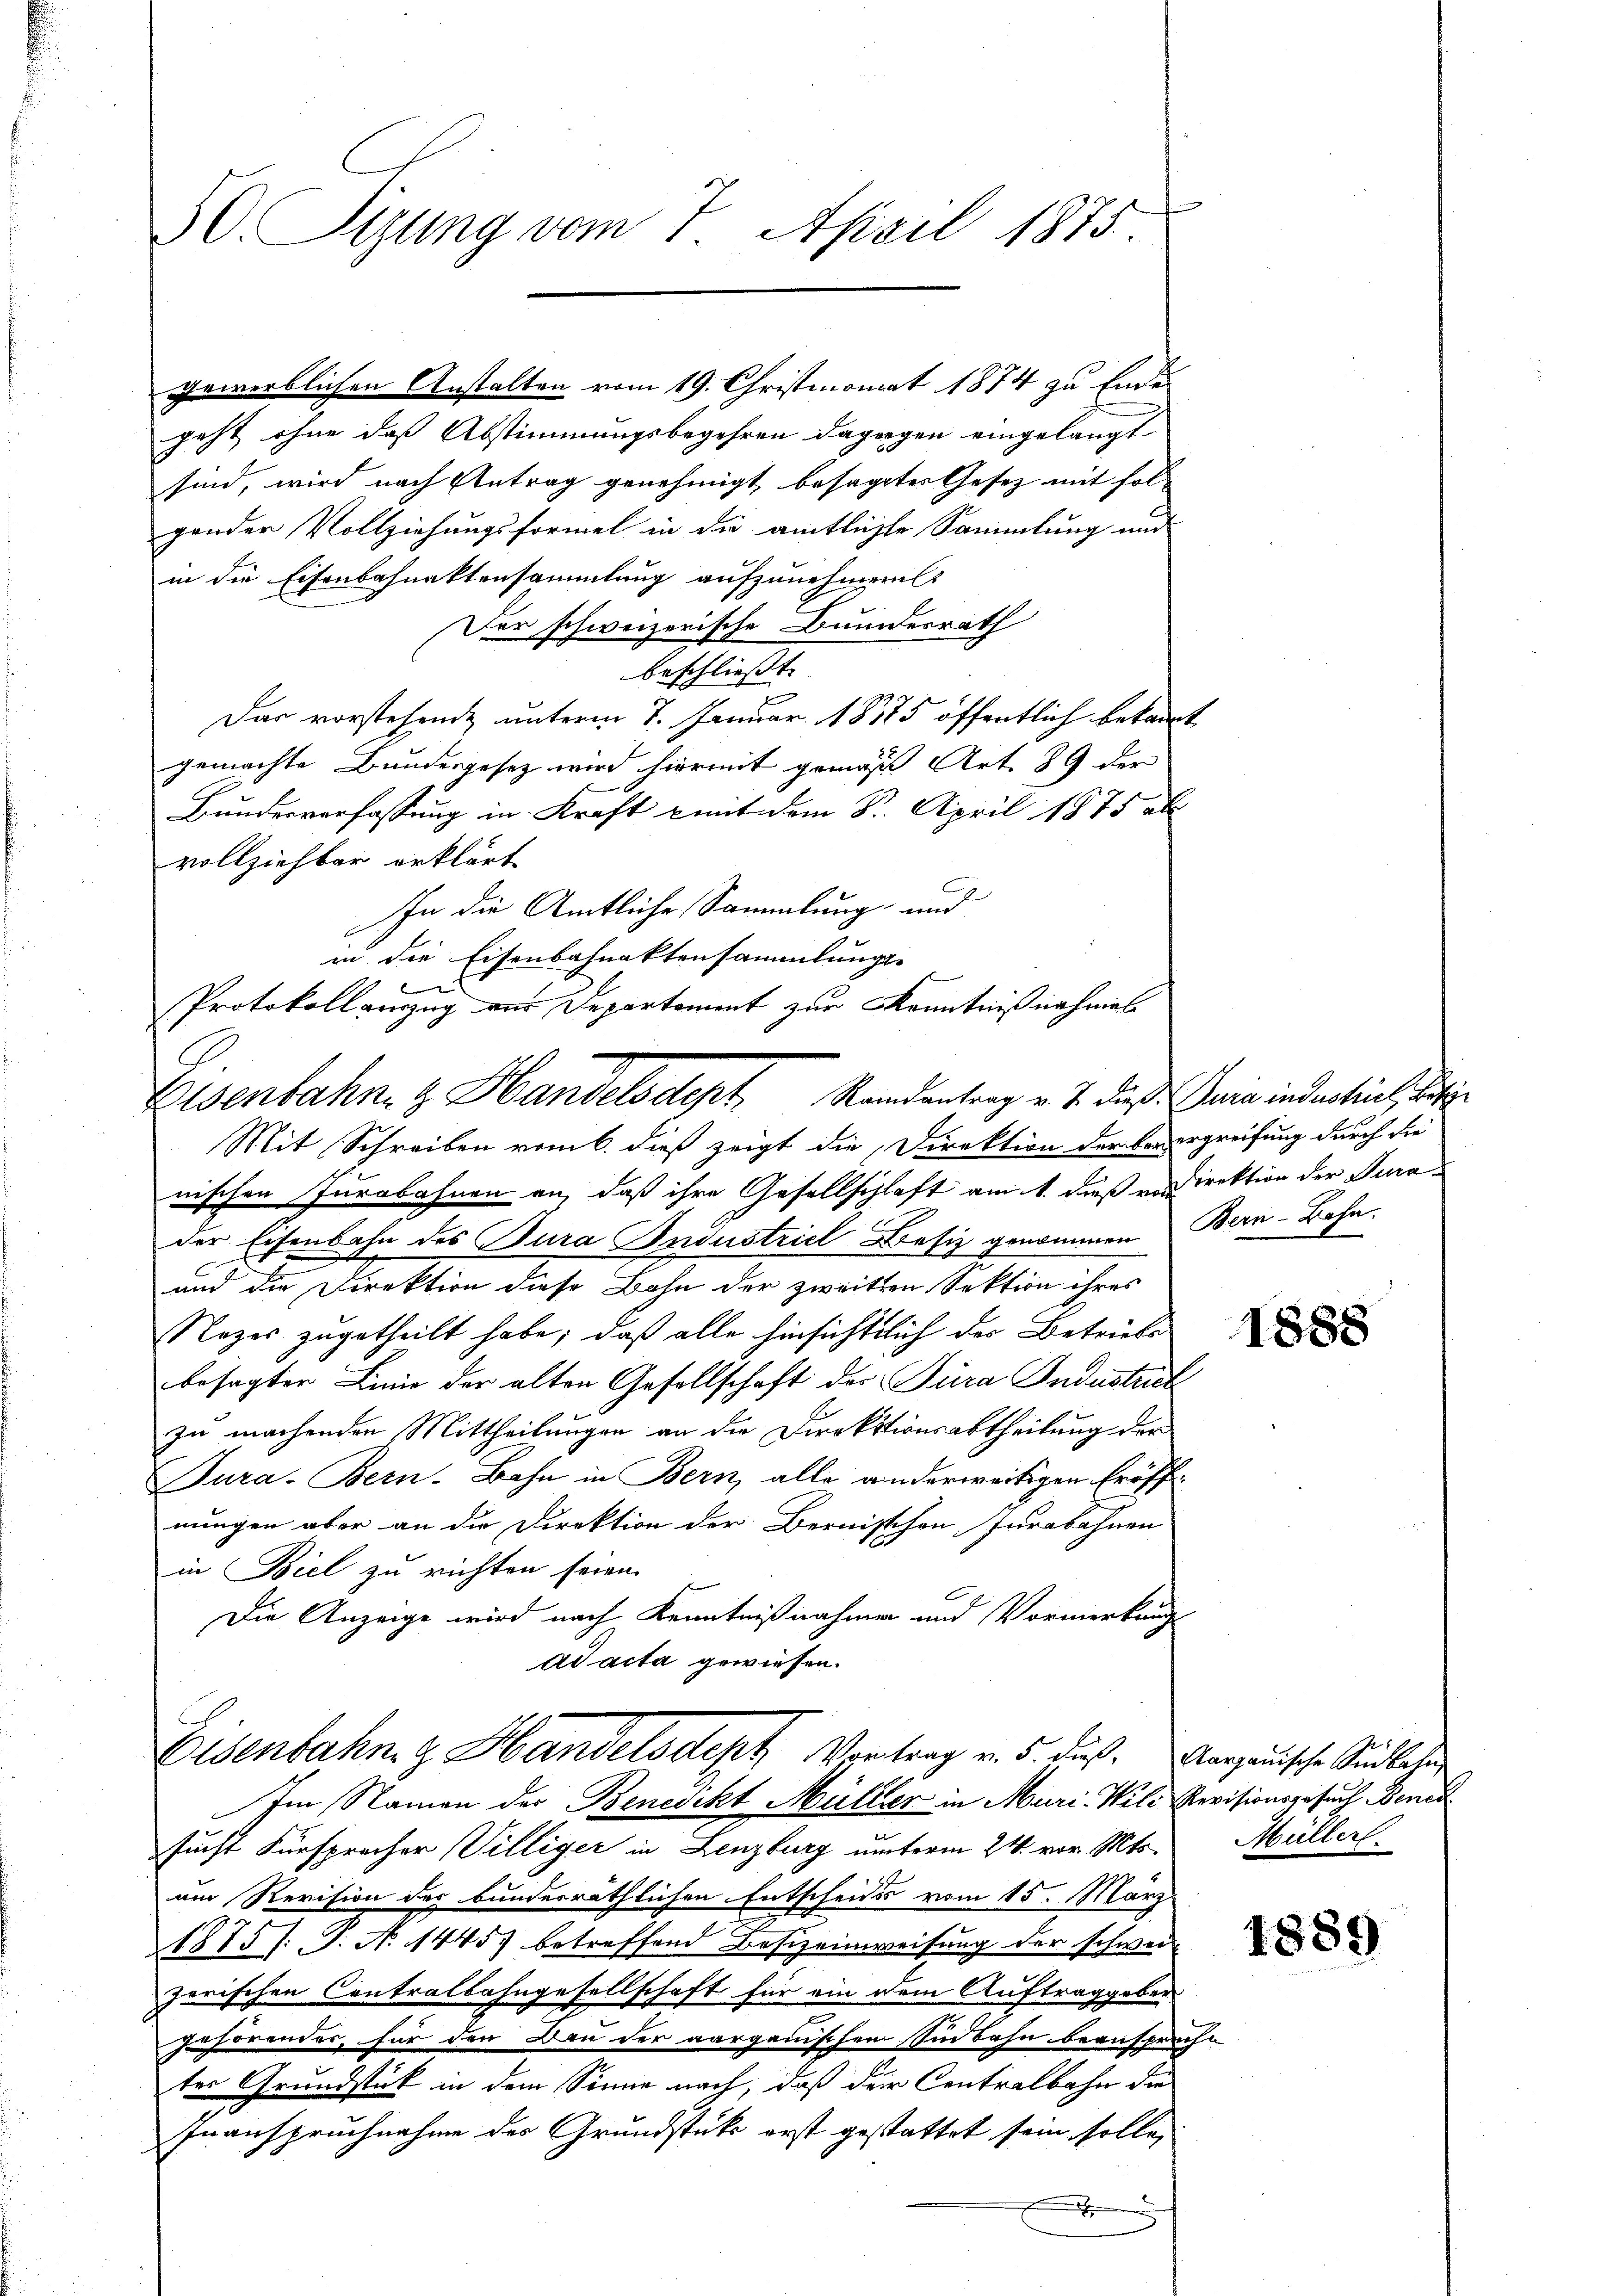
50. Sizung vom 7. April 1875.

geht ohne daß Abstimmungsbegehren dagegen eingelangt
sind, wird nach Antrag genehmigt besagtes Gesez mit fol-
gender Vollziehungsformel in die amtlichte Sammlung und
in die Eisenbahnaktensammlung aufzunehmen
Der schweizerische Bundesrath
beschliesst.

Das vorstehende unterm 7. Januar 1875 öffentlich bekannt
gemachte Bundesgesetz wird hiermit gemäß Art. 89 der
Bundesverfassung in Kraft mit dem Sr. April 1875 ab
vollziehbar erklärt
In die Amtliche Sammlung und
in die Eisenbahnaktensammlungs-

Protokoll auszug aus Departement zur Kenntnißnahmes
Eisenbahn- & Handelsdept. Randantrag v. 7. dieß ein indentiel, besti
Mit Schreiben vom 6. dieß zeigt die Direktion der Bedergreifung durch die
nischen Jurabahnen an, daß ihre Gesellschlaft am 1. dieß endirektion der Jurader Eisenbahn des Jura Industriel Besiz genommen Bern-Bahn¬
und die Direktion diese Bahn der zweiten Sektion ihres
Nezes zugetheilt habe; daß alle hinsichtlich der Betriebs
besagter Linie der alten Gesellschaft der Jura Industrich
zu machenden Mittheilungen an die Direktionsabtheilung der
Tura. Bern. Bahn in Bern, alle anderweitigen Eröffnungen aber an die Direktion der Bernisschen, Jurabahnen
in Biel zu richten seien.
Die Anzeige wird nach Kenntnißnahmen und Vormerkungs-
ad acta gewiesen.

gewerblichen Anstalten vom 19. Christmonat 1874 zu Ende

Eisenbahn z. Handelsdept Vortrag v. 5. dieß. Aargauische Sichlache
Im Namen der Benedikt Müller in Muri, Wild Revisionsgesuch Bened

sucht Fürspracher Villiger in Lenzburg unterm 24. vor. Mts.
um Revision des bunderräthlichen Entscheids vom 15. März
1815 /:. No 1445) betreffend Besizeinweisung der schweil
zerischen Contralbahngesellschaft für ein dem Auftraggeben
Zuhörendes, für den Dan der aargauischen Sinbahn beanspreche
ter Grundstück in dem Sinne nach, daß der Centralbahn die
Inanspruchnahme des Grundstutz erst gestattet sein solle,
.

1888

Müllerl.

1889